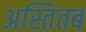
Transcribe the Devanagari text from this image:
अस्तितब